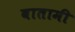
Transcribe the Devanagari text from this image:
बातामी